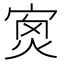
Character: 𡨿